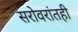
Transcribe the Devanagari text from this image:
सरोवरांतही